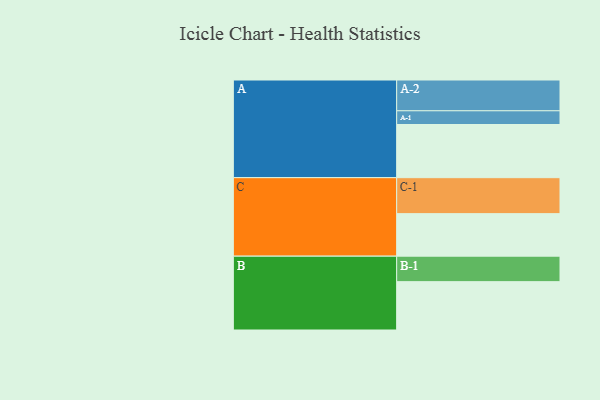
{"axis": {"x": "Segment", "y": "Value"}, "legend": ["", "A", "B", "C"], "data": [{"x": "A", "y": 430, "type": ""}, {"x": "B", "y": 391, "type": ""}, {"x": "C", "y": 344, "type": ""}, {"x": "A-1", "y": 111, "type": "A"}, {"x": "A-2", "y": 249, "type": "A"}, {"x": "B-1", "y": 206, "type": "B"}, {"x": "C-1", "y": 291, "type": "C"}]}